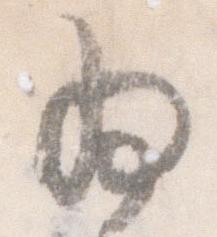
為